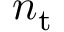
n _ { \mathrm { t } }